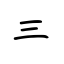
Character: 三